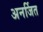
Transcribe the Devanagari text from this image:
अनर्जित